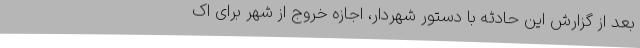
بعد از گزارش این حادثه با دستور شهردار، اجازه خروج از شهر برای اک